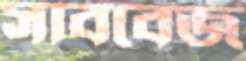
সাববেজ